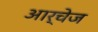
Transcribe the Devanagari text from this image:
आर्चेज